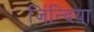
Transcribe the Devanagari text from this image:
जिंन्दिया